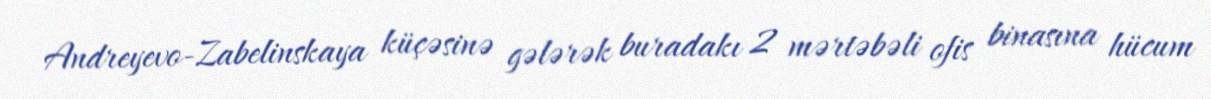
Andreyevo-Zabelinskaya küçəsinə gələrək buradakı 2 mərtəbəli ofis binasına hücum